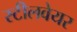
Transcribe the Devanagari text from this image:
स्टीलवेयर